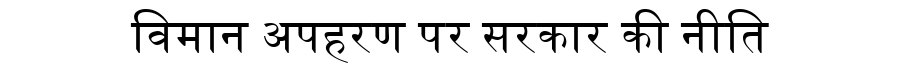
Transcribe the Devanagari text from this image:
विमान अपहरण पर सरकार की नीति